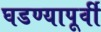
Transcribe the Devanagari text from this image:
घडण्यापूर्वी